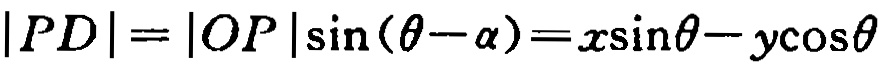
\(|PD| = |OP|\sin(\theta - \alpha)=x\sin\theta - y\cos\theta\)